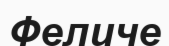
Феличе